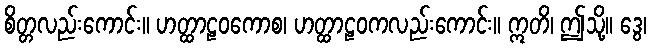
စိတ္တလည်းကောင်း။ ဟတ္ထာဠဝကောစ၊ ဟတ္ထာဠဝကလည်းကောင်း။ ဣတိ၊ ဤသို့။ ဒွေ၊